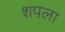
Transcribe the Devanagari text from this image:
शपला